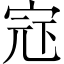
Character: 𪧍